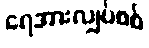
ရေအားလျှပ်စစ်